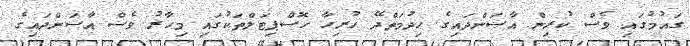
ގައުމުގައި ވެސް ކުރިން އާސަންދައިގެ ހިދުމަތްދޭ ހުރިހާ ހޮސްޕިޓަލްތަކުގައި މިހާރު ވެސް އާސަންދައިގެ